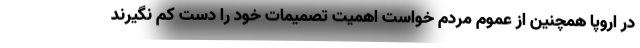
در اروپا همچنین از عموم مردم خواست اهمیت تصمیمات خود را دست کم نگیرند